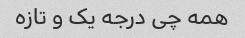
همه چی درجه یک و تازه